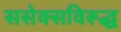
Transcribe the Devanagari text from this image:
ससेक्सविरूद्ध